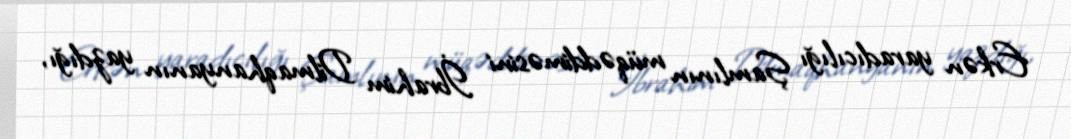
Erkən yaradıcılığı Şamlının müqəddiməsini İbrahim Dilmaqhanyanın yazdığı,